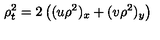
\rho _ { t } ^ { 2 } = 2 \left( ( u \rho ^ { 2 } ) _ { x } + ( v \rho ^ { 2 } ) _ { y } \right)